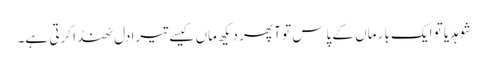
شوہدیا تو ایک بار ماں کے پاس تو آ پھر دیکھ ماں کیسے تیرا دل ٹھنڈا کرتی ہے۔